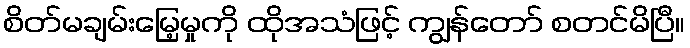
စိတ်မချမ်းမြေ့မှုကို ထိုအသံဖြင့် ကျွန်တော် စတင်မိပြီ။